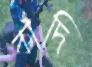
কাঁদি